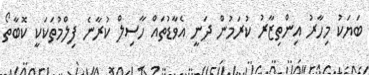
ބަޔަކު މިހާރު އިންތިޒާރު ކުރަމުން ދަނީ އެވާޑުތައް ހާސިލް ކުރާނެ ފިލްމުތަކަކީ ކޮބާތޯ